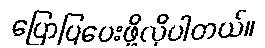
ပြောပြပေးဖို့လိုပါတယ်။